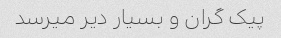
پیک گران و بسیار دیر میرسد